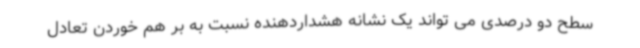
سطح دو درصدی می تواند یک نشانه هشداردهنده نسبت به بر هم خوردن تعادل